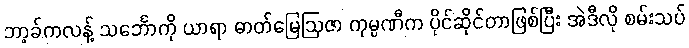
ဘာ့ခ်ကလန့် သင်္ဘောကို ယာရာ ဓာတ်မြေဩဇာ ကုမ္ပဏီက ပိုင်ဆိုင်တာဖြစ်ပြီး အဲဒီလို စမ်းသပ်